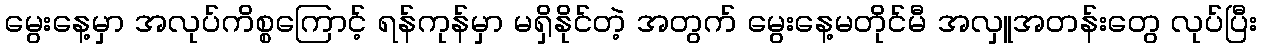
မွေးနေ့မှာ အလုပ်ကိစ္စကြောင့် ရန်ကုန်မှာ မရှိနိုင်တဲ့ အတွက် မွေးနေ့မတိုင်မီ အလှူအတန်းတွေ လုပ်ပြီး